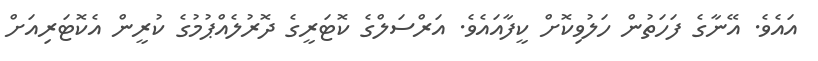
އައެވެ. އޭނާގެ ފަހަތުން ހަލުވިކޮށް ކީފާއައެވެ. އަރްސަލްގެ ކޮޓަރީގެ ދޮރުލެއްޕުމުގެ ކުރީން އެކޮޓަރިއަށް